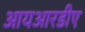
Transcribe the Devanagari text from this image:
आयआरडीए